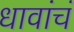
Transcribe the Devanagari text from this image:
धावांचं